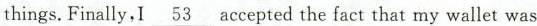
things.Finally, I \underline{53}accepted the fact that my wallet was